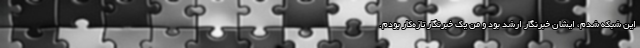
این شبکه شدم، ایشان خبرنگار ارشد بود و من یک خبرنگار تازه‌کار بودم.